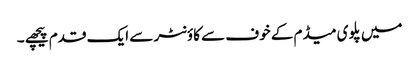
میں پلوی میڈم کے خوف سے کاؤنٹر سے ایک قدم پیچھے ۔